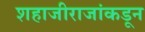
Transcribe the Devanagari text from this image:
शहाजीराजांकडून